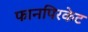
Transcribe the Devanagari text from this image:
फानपिरकेट